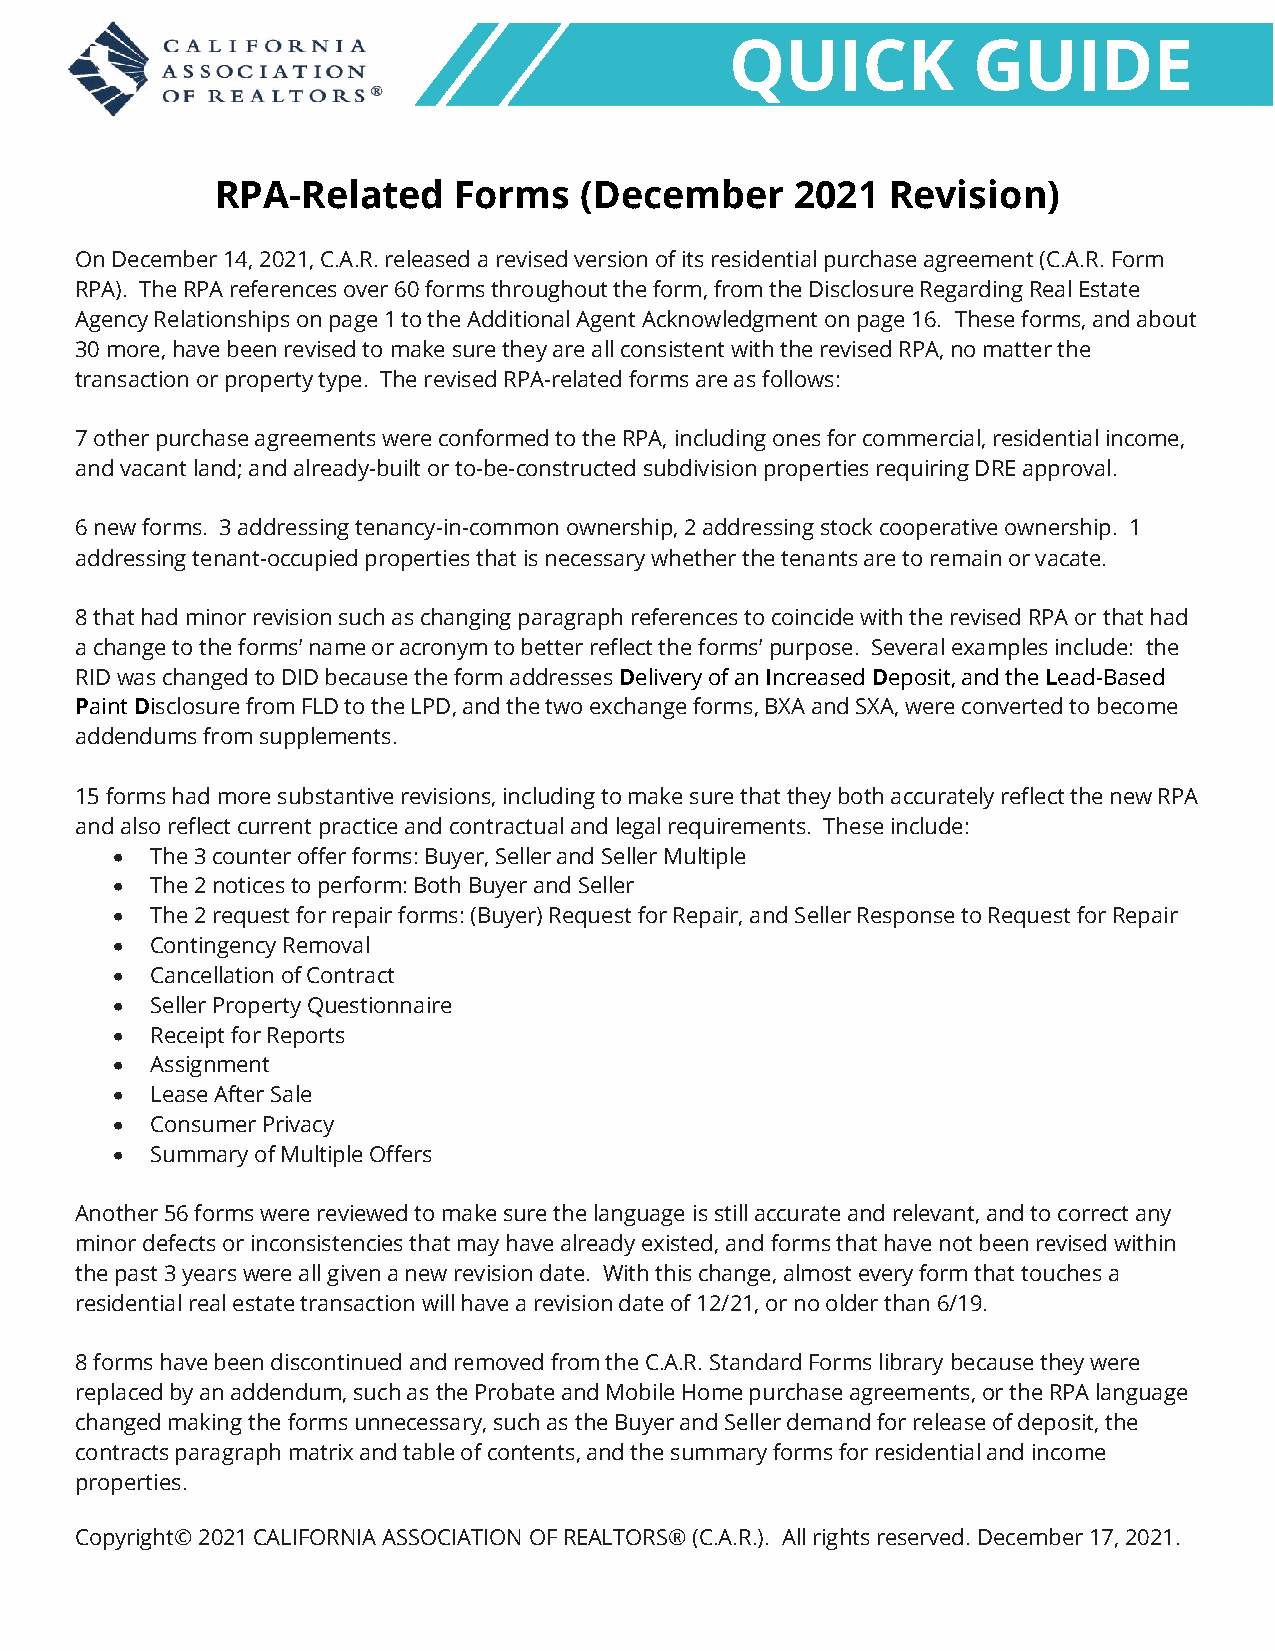
QUICK           GUIDE
 RPA-Related     Forms   (December      2021  Revision)
 On December 14, 2021, C.A.R. released a revised version of its residential purchase agreement (C.A.R. Form
 RPA). The RPA references over 60 forms throughout the form, from the Disclosure Regarding Real Estate
 Agency Relationships on page 1 to the Additional Agent Acknowledgment on page 16. These forms, and about
 30 more, have been revised to make sure they are all consistent with the revised RPA, no matter the
 transaction or property type. The revised RPA-related forms are as follows:
 7 other purchase agreements were conformed to the RPA, including ones for commercial, residential income,
 and vacant land; and already-built or to-be-constructed subdivision properties requiring DRE approval.
 6 new forms. 3 addressing tenancy-in-common ownership, 2 addressing stock cooperative ownership. 1
 addressing tenant-occupied properties that is necessary whether the tenants are to remain or vacate.
 8 that had minor revision such as changing paragraph references to coincide with the revised RPA or that had
 a change to the forms’ name or acronym to better reflect the forms’ purpose. Several examples include: the
 RID was changed to DID because the form addresses Delivery of an Increased Deposit, and the Lead-Based
 Paint Disclosure from FLD to the LPD, and the two exchange forms, BXA and SXA, were converted to become
 addendums from supplements.
 15 forms had more substantive revisions, including to make sure that they both accurately reflect the new RPA
 and also reflect current practice and contractual and legal requirements. These include:
 •  The 3 counter offer forms: Buyer, Seller and Seller Multiple
 •  The 2 notices to perform: Both Buyer and Seller
 •  The 2 request for repair forms: (Buyer) Request for Repair, and Seller Response to Request for Repair
 •  Contingency Removal
 •  Cancellation of Contract
 •  Seller Property Questionnaire
 •  Receipt for Reports
 •  Assignment
 •  Lease After Sale
 •  Consumer Privacy
 •  Summary of Multiple Offers
 Another 56 forms were reviewed to make sure the language is still accurate and relevant, and to correct any
 minor defects or inconsistencies that may have already existed, and forms that have not been revised within
 the past 3 years were all given a new revision date. With this change, almost every form that touches a
 residential real estate transaction will have a revision date of 12/21, or no older than 6/19.
 8 forms have been discontinued and removed from the C.A.R. Standard Forms library because they were
 replaced by an addendum, such as the Probate and Mobile Home purchase agreements, or the RPA language
 changed making the forms unnecessary, such as the Buyer and Seller demand for release of deposit, the
 contracts paragraph matrix and table of contents, and the summary forms for residential and income
 properties.
 Copyright© 2021 CALIFORNIA ASSOCIATION OF REALTORS® (C.A.R.). All rights reserved. December 17, 2021.